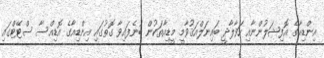
އިންޑިއާގެ އޮފިޝަލުންނާއި ހަވާލާދީ ބައިނަލްއަޤުވާމީ މީޑިއާތަކުން ބުނެފައިވާ ގޮތުގައި އިންޑިއާގެ އޮޑިއްސާ ސްޓޭޓްގައި